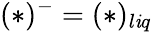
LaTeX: (*)^{-}=(*)_{l\mathit{i}q}